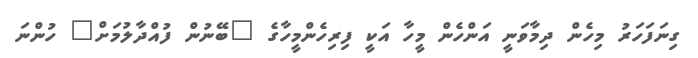
ގިނަފަހަރު މިހެން ދިމާވަނީ އަންހެން މީހާ އަކީ ފިރިހެންމީހާގެ "ބޭނުން ފުއްދާލުމަށް" ހުންނަ